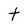
Character: t